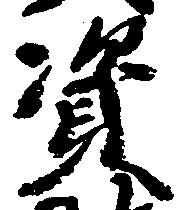
資